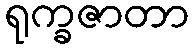
ရုက္ခဇာတာ